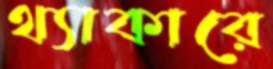
থ্যাকারে